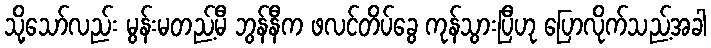
သို့သော်လည်း မွန်းမတည့်မီ ဘွန်နီက ဖလင်တိပ်ခွေ ကုန်သွားပြီဟု ပြောလိုက်သည့်အခါ